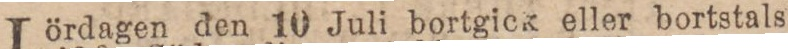
Lördagen den 10 Juli bortgick eller bortstals